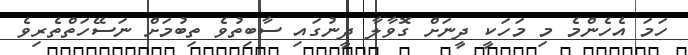
ހަމަ އެހެންމެ މި މަހަކީ ދީނަށް ގޮވާލާ ދީނުގައި ސާބިތުވެ ތިބުމަށް ނަސޭހަތްތެރިވެ